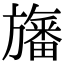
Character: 旛